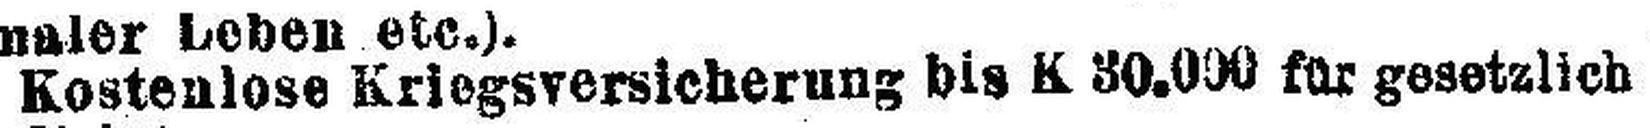
Kostenlose Kriegsversicherung bis K 30.000 für gesetzlich